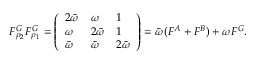
F _ { \rho _ { 2 } } ^ { G } F _ { \rho _ { 1 } } ^ { G } = \left( \begin{array} { l l l } { 2 \bar { \omega } } & { \omega } & { 1 } \\ { \omega } & { 2 \bar { \omega } } & { 1 } \\ { \bar { \omega } } & { \bar { \omega } } & { 2 \bar { \omega } } \end{array} \right) = \bar { \omega } ( F ^ { A } + F ^ { B } ) + \omega F ^ { G } .